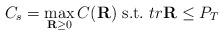
LaTeX: \begin{align*}C_s =\mathop {\max }\limits_{{\rm {\bf R}}\ge 0} C({\rm {\bf R}}) \mbox{\ s.t.} \ tr{\rm {\bf R}}\le P_T\end{align*}